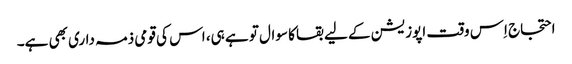
احتجاج اِس وقت اپوزیشن کے لیے بقا کا سوال تو ہے ہی، اس کی قومی ذمہ داری بھی ہے۔